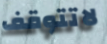
لاتتوقف